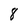
Character: 8